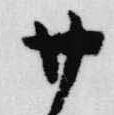
廿